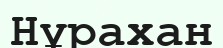
Нұрахан